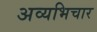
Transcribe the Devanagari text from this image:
अव्यभिचार